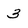
Character: 3